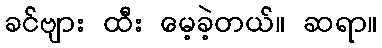
ခင်ဗျား ထီး မေ့ခဲ့တယ်။ ဆရာ။